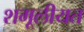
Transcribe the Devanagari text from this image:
शमूलीयत